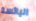
اليائسة